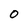
Character: O